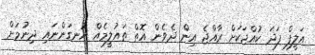
އަލީފް ފަދަ ކުއްޖަކަށް ރާއްޖެ އިން ދެވެން އޮތް ތައުލީމެއް އުނގަންނައި ދިނުމަށް